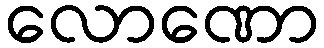
လောဏော